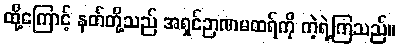
ထို့ကြောင့် နတ်တို့သည် အရှင်ဉာဏမထရ်ကို ကဲ့ရဲ့ကြသည်။